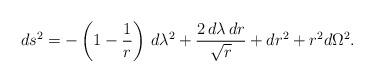
LaTeX: \begin{align*}ds^2 = - \left (1 - {1 \over r} \right ) \,d\lambda^2+ {2\,d\lambda\,dr \over \sqrt{r}} + dr^2 + r^2 d\Omega^2 .\end{align*}